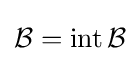
{\mathcal {B}}=\operatorname {int} {\mathcal {B}}